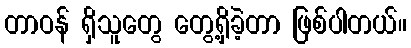
တာဝန် ရှိသူတွေ တွေ့ရှိခဲ့တာ ဖြစ်ပါတယ်။